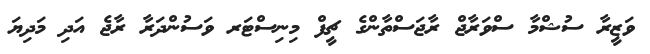
ވަޒީރާ ސުޝްމާ ސްވަރާޖް ރާޖަސްތާންގެ ޗީފް މިނިސްޓަރ ވަސުންދަރާ ރާޖެ އަދި މަދިޔަ